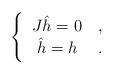
LaTeX: \begin{align*}\Bigg\{ \begin{tabular}{cc}${J}\hat{h} =0$ & ,\\$\hat{h}=h$ & .\end{tabular}\end{align*}